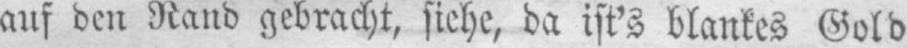
auf den Rand gebracht, siehe, da ist’s blankes Gold